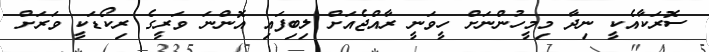
ސޮރަކާއެކީ ނިދާ މިމީހުންނަށް ހީވަނީ ރާއްޖެއަށް ލިބިފައި އޮންނަ ވަރީގެ ރިކޯޑަކީ ވަރަށް